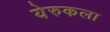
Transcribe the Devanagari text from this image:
येरुकला